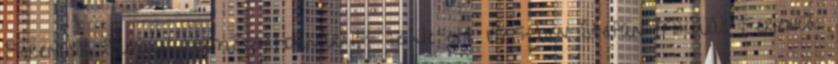
Ferencsik Sámuel természetbúvár Itt született 1825-ben Štefan Mikuláš Ferienčík